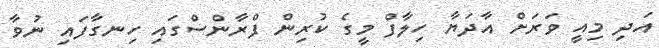
އަދި މިއީ ވަރަށް އާދަޔާ ހިލާފް މީގެ ކުރިން ފްރާންސްގަައި ހިނގާފައި ނުވާ